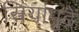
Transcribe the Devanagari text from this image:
स्त्रियांपुढे